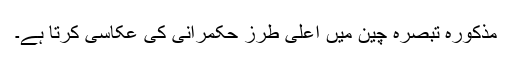
مذکورہ تبصرہ چین میں اعلی طرز حکمرانی کی عکاسی کرتا ہے۔